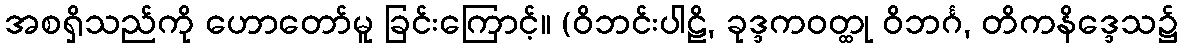
အစရှိသည်ကို ဟောတော်မူ ခြင်းကြောင့်။ (ဝိဘင်းပါဠိ, ခုဒ္ဒကဝတ္ထု ဝိဘင်္ဂ, တိကနိဒ္ဒေသ၌